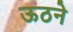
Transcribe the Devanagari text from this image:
ऊठने